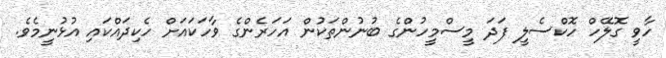
ހާވީ ގޮލޭހް ހޮކްސެލީ ފަދަ މީސްމީހުންގެ ބުނުންތަކުން އަހަރެންގެ ވާހަކައަށް ހެކިދައްކައި އުޅުނީމެވެ.